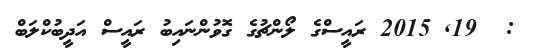
:  19